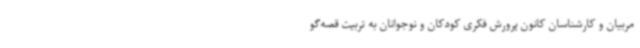
مربیان و کارشناسان کانون پرورش فکری کودکان و نوجوانان به تربیت قصه‌گو